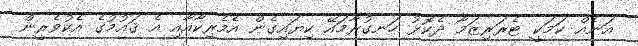
އަނެއް ކަމަކީ ޓެރަރިޒަމާ ދެކޮޅު ހަނގުރާމައޭ ކިޔައިގެން އެމެރިކާއާއި އެ ޤައުމުގެ އެކުވެރީން